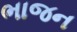
ભાજન